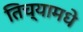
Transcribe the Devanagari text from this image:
तिच्यामधे